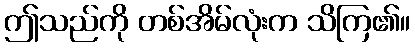
ဤသည်ကို တစ်အိမ်လုံးက သိကြ၏။